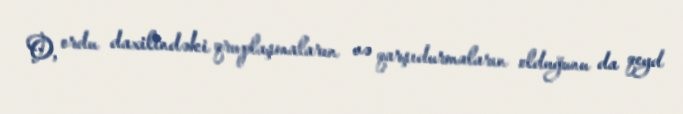
O, ordu daxilindəki qruplaşmaların və qarşıdurmaların olduğunu da qeyd